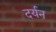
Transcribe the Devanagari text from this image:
दर्यन